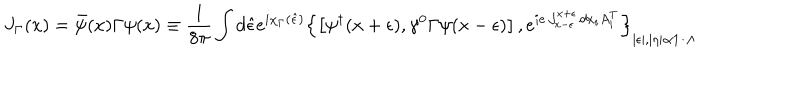
LaTeX: J _ { \Gamma } ( x ) = \bar { \psi } ( x ) \Gamma \psi ( x ) \equiv \frac { 1 } { 8 \pi } \int d \hat { \epsilon } e ^ { i \chi _ { \Gamma } ( \hat { \epsilon } ) } \left\{ \left[ \psi ^ { \dagger } ( x + \epsilon ) , \gamma ^ { 0 } \Gamma \psi ( x - \epsilon ) \right] , e ^ { i e \int _ { x - \epsilon } ^ { x + \epsilon } d x _ { i } A _ { i } ^ { T } } \right\} _ { | \epsilon | , | \eta | \propto 1 / \Lambda }